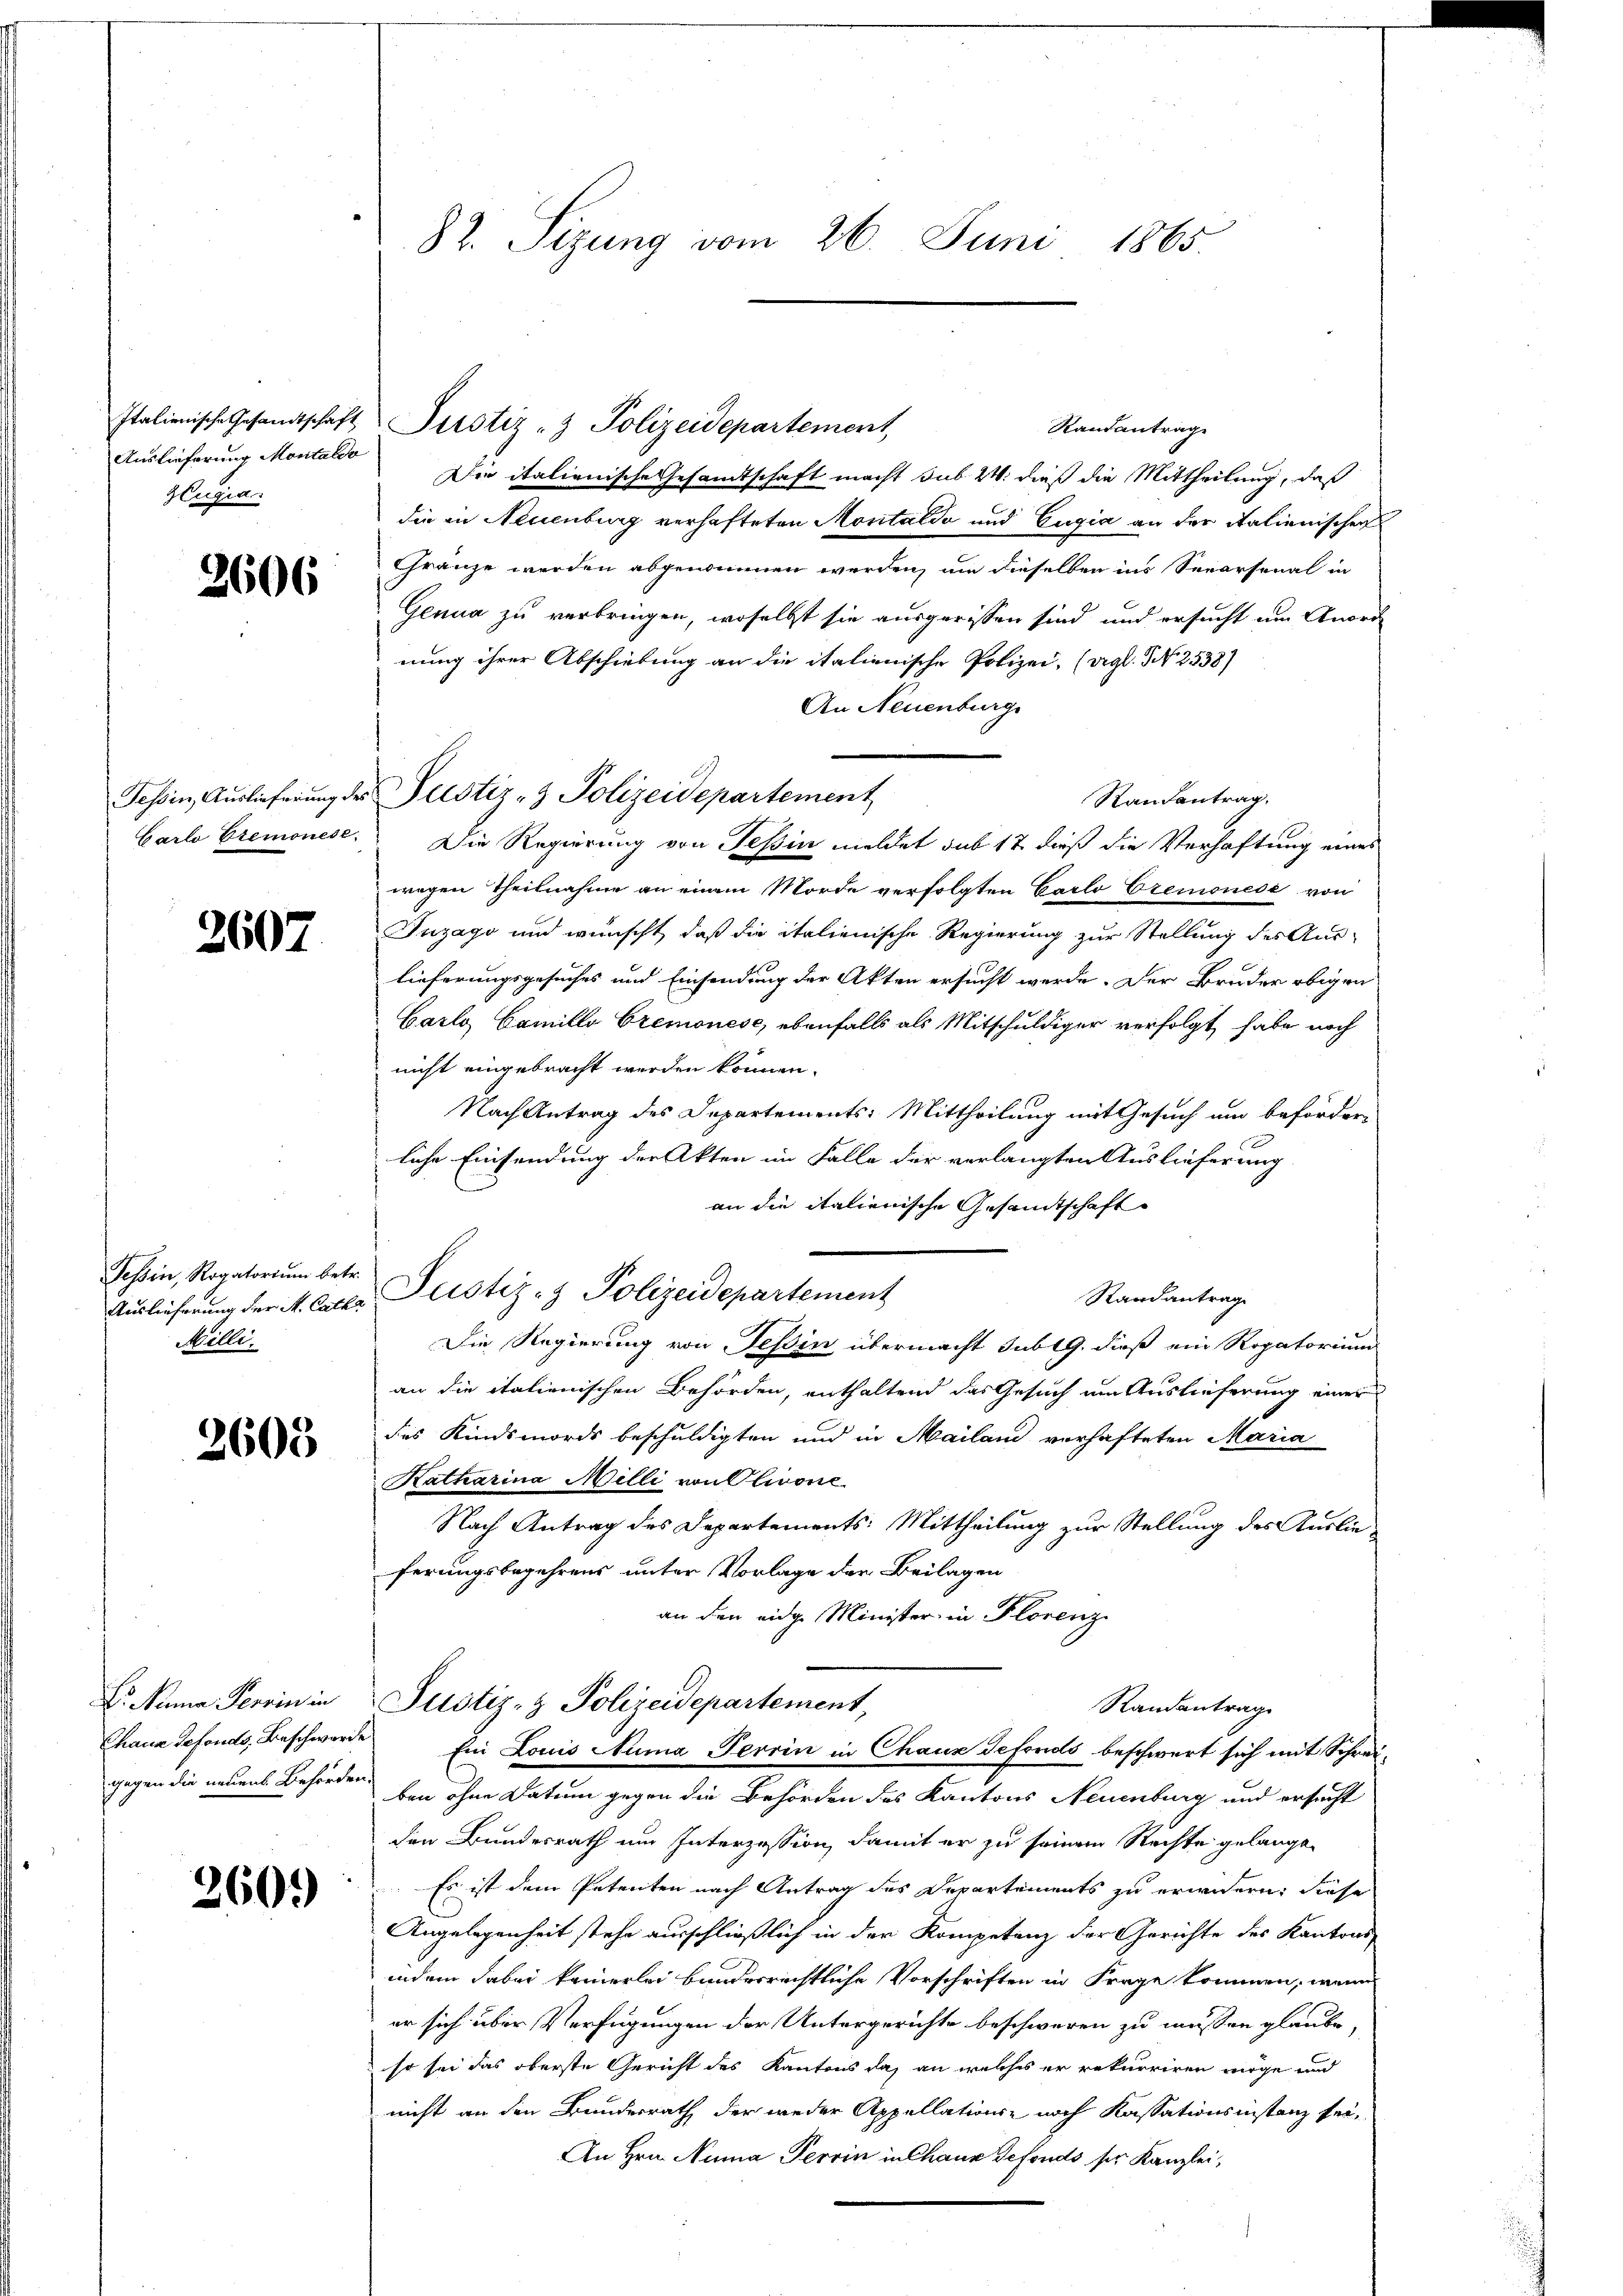
Auslieferung Montaldo
Hlugia.

2606

.
2607

Tessin, Rogatoriŭm betr.
Milli

2608

V. Mina Perrin in

260.

82. Sizung vom 26. Juni 1865.

Standantrage
Die italienische Gesamtschaft macht sub. 2. dieß die Mittheilung, daß
die in Neuenburg verhafteten Montaldo und Eugia an der italienischen
Gränze werden abgenommen werden, um dieselben ins Separsenal in
Genua zu verbringen, woselbst sie ausgerissen sind und ersucht um Anord
nung ihrer Abschiebung an die italienische Polizei, (vgl. N. 2538)
An Neuenburg
Randantrag.
Carlo Cremonese. Die Regierung von Teßin meldet sub 17 dieß die Verhaftung eines
wegen Theilnahme an einem Morde verfolgten Carlo Cremonese von
Inzago und wünscht, daß die italienische Regierung zur Stellung des Aus-
lieferungsgesuches und Einsendung der Akten ersucht werde. Der Bruder obigen
Carlo, Camillo Cremonese, ebenfalls als Mitschuldiger verfolgt habe noch
nicht eingebracht werden können.
Nach Antrag des Departements: Mittheilung mit Gesuch um beförder-
liche Einsendung der Akten im Falle der verlangten Auslieferung
an die italienische Gesamtschaft
Randantrag
Die Regierung von Tessin übermacht sub 19. dieß ein Rogatorium
an die italienischen Behörden, enthaltend das Gesuch um Auslieferung einer
des Kindsmords beschuldigten und in Mailand verhafteten Maria
Katharina Milli von Olivone
Nach Antrag des Departements: Mittheilung zur Stellung des Auslieferungsbegehrens unter Vorlage der Beilagen
an den eidg. Minister in Florenz
Justiz- & Polizeidepartement,
Randantrag
Chaus defonds, Beschwerden Ein Louis Numa Perrin in Chaux sefonds beschwert sich mit Schreigegen die neuen Behörden bei ohne Datum gegen die Behörden des Kantons Neuenburg und ersucht
den Bundesrath um Interzession, damit er zu seinem Rechte gelange
 Es ist dem Petenten nach Antrag des Departements zu erwidern: diese
Angelegenheit stehe ausschließlich in der Kompetenz der Gerichte des Kantons
indem dabei keinerlei bunderrechtliche Vorschriften in Frage kommen, wenn
er sich über Verfügungen der Untergerichte beschweren zu müssen glaube,
so sei das oberste Gericht des Kantons das an welches er rekurriren möge und
nicht an den Bundesrath, der weder Appellations- noch Kassationsinstanz sei,
An Hrn. Nuna Terrin in Chaux defonds ser Kanzlei,

Italienische Gesandtschaft Perotiz - Polizeidepartement,

Tessin, Auslieferung des Justiz- & Polizeidepartement

Auslieferung der M. Calke Plustiz- & Polizeidepartement